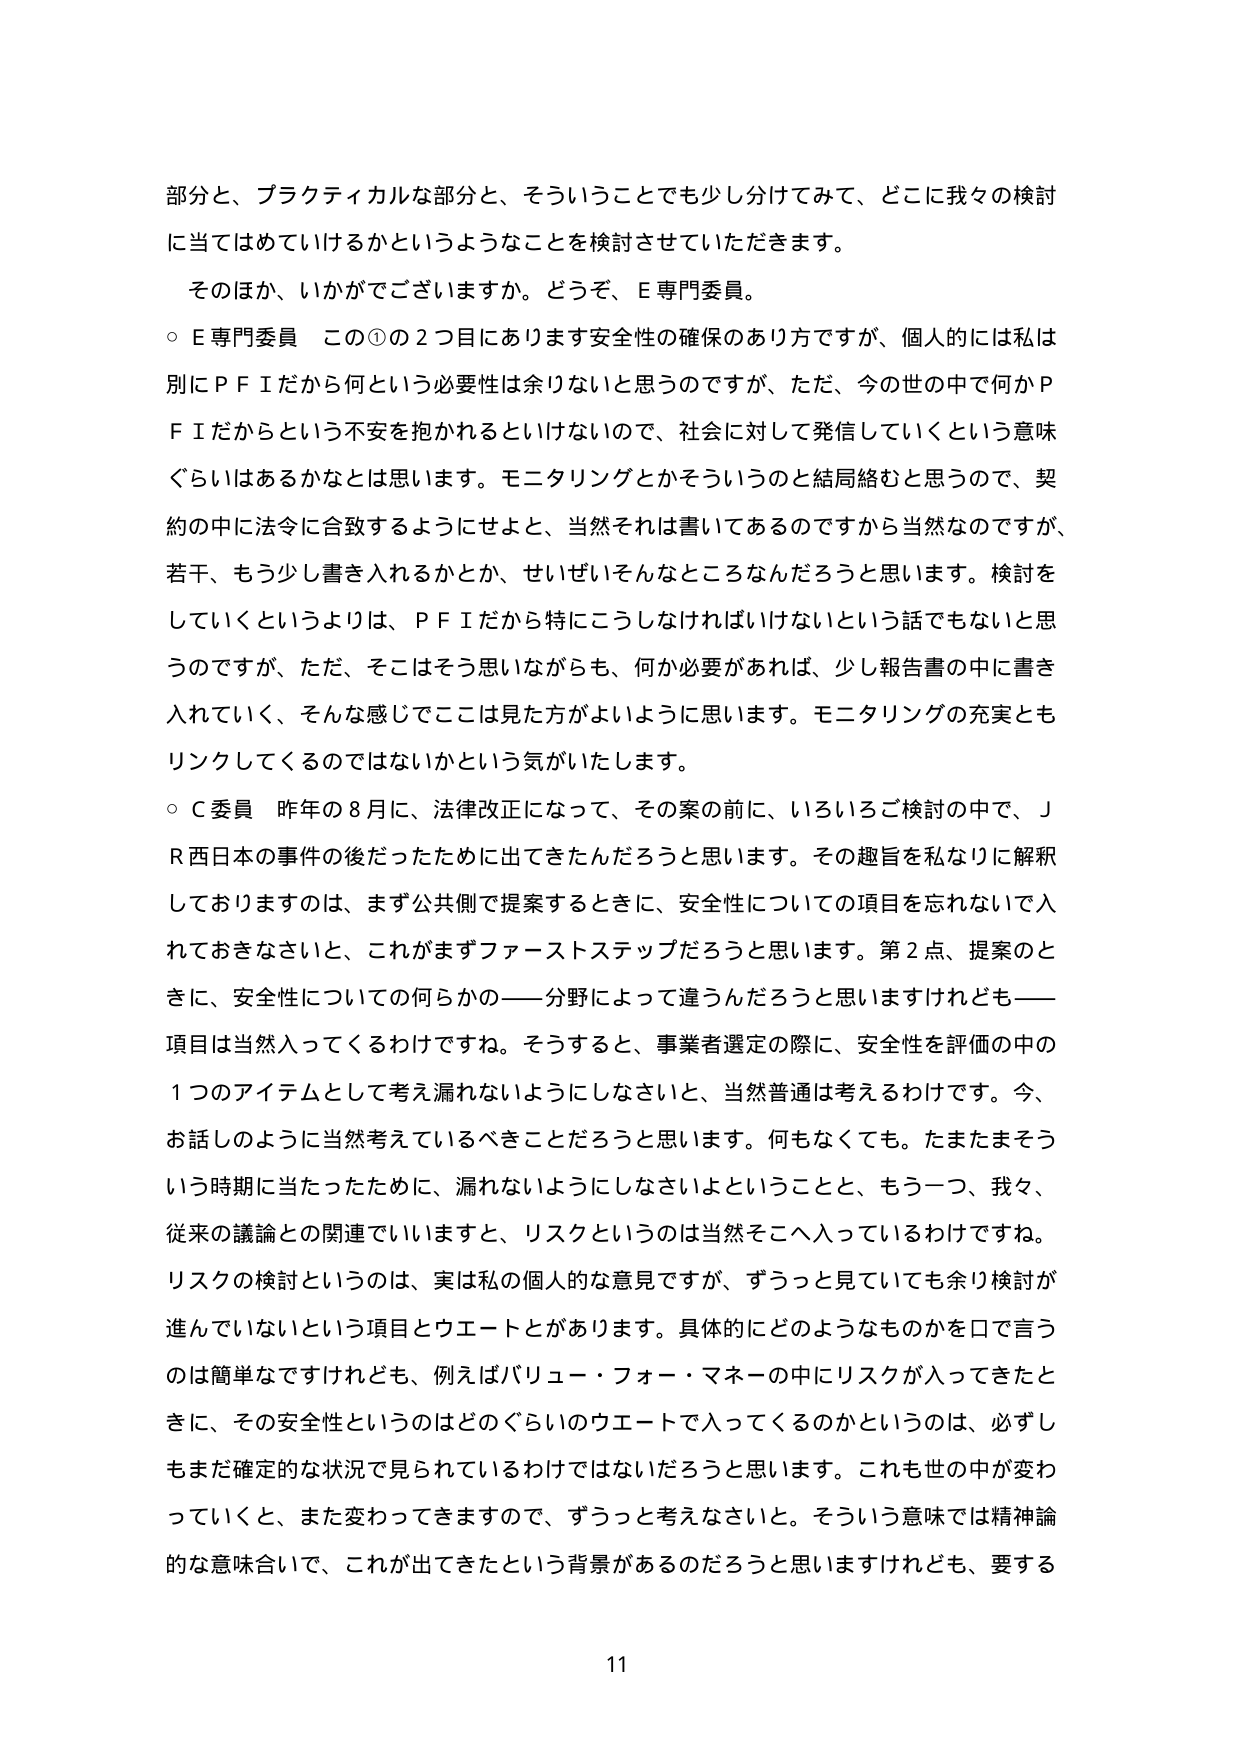
部分と、プラクティカルな部分と、そういうことでも少し分けてみて、どこに我々の検討に当てはめていけるかというようなことを検討させていただきます。

そのほか、いかがでございますか。どうぞ、E専門委員。

○ E専門委員 この①の2つ目にあります安全性の確保のあり方ですが、個人的には私は別にＰＦＩだから何という必要性は余りないと思うのですが、ただ、今の世の中で何かＰＦＩだからという不安を抱かれるといけないので、社会に対して発信していくという意味ぐらいはあるかなとは思います。モニタリングとかそういうのと結局絡むと思うので、契約の中に法令に合致するようにせよと、当然それは書いてあるのですから当然なのですが、若干、もう少し書き入れるかとか、せいぜいそんなところなんだろうと思います。検討をしていくというよりは、ＰＦＩだから特にこうしなければいけないという話でもないと思うのですが、ただ、そこはそう思いながらも、何か必要があれば、少し報告書の中に書き入れていく、そんな感じでここは見た方がよいように思います。モニタリングの充実ともリンクしてくるのではないかなという気がいたします。

○ C委員 昨年の8月に、法律改正になって、その案の前に、いろいろご検討の中で、ＪＲ西日本の事件の後だったために出てきたんだろうと思います。その趣旨を私なりに解釈しておりますのは、まず公共側で提案するときに、安全性についての項目を忘れないで入れておきなさいと、これがまずファーストステップだろうと思います。第2点、提案のときに、安全性についての何らかの――分野によって違うんだろうと思いますけれども――項目は当然入ってくるわけですね。そうすると、事業者選定の際に、安全性を評価の中の1つのアイテムとして考え漏れないようにしなさいと、当然普通は考えるわけです。今、お話のように当然考えているべきことだろうと思います。何もなくても。たまたまそういう時期に当たったために、漏れないようにしなさいよということと、もう一つ、我々、従来の議論との関連でいいますと、リスクというのは当然そこへ入っているわけです。リスクの検討というのは、実は私の個人的な意見ですが、ずうっと見っていても余り検討が進んでいないという項目とウエートとがあります。具体的にどのようなものを口で言うのは簡単なですけれども、例えばバリュー・フォー・マネーの中にリスクが入ってきたときに、その安全性というのはどのぐらいのウエートで入ってくるのかというのは、必ずしもまだ確定的な状況で見られているわけではないだろうと思います。これも世の中が変わっていくと、また変わってきますので、ずうっと考えなさいと。そういう意味では精神論的な意味合い、これが出てきたという背景があるのだろうと思いますけれども、要する

11